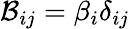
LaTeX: \mathcal{B}_{ij}=\beta_{i}\delta_{ij}